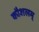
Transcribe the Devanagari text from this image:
कौशलम्‌